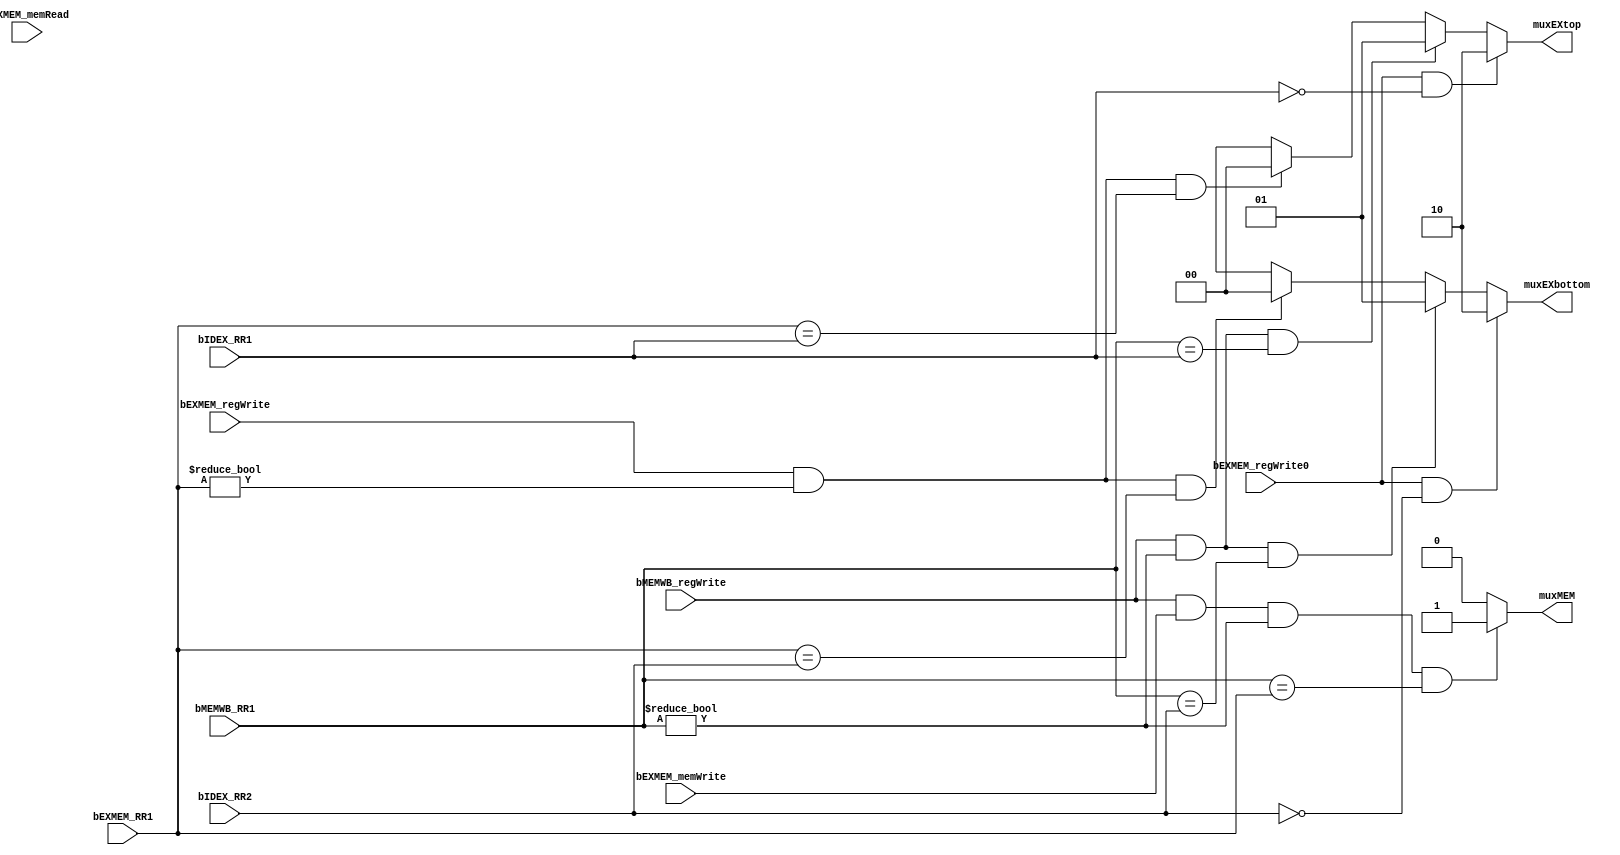
module forwardUnit(input[3:0]      bIDEX_RR1, bIDEX_RR2, bEXMEM_RR1, bMEMWB_RR1,
                   input           bEXMEM_regWrite, bEXMEM_memRead, bEXMEM_memWrite, bMEMWB_regWrite,
                                   bEXMEM_regWrite0,
                   output reg[1:0] muxEXtop, muxEXbottom, 
                   output reg      muxMEM);

always@(*)
begin
   muxEXtop    = 2'bxx;
   muxEXbottom = 2'bxx;
   muxMEM      = 1'b0;

   if (bEXMEM_regWrite && (bEXMEM_RR1 != 0) && (bEXMEM_RR1 == bIDEX_RR1))
      begin $display("forward ex");
         muxEXtop    = 2'b00;
      end
   if (bEXMEM_regWrite && (bEXMEM_RR1 != 0) && (bEXMEM_RR1 == bIDEX_RR2))
      begin $display("forward ex");
         muxEXbottom = 2'b00;
      end

   if (bMEMWB_regWrite && (bMEMWB_RR1 != 0) && (bMEMWB_RR1 == bIDEX_RR1))
      begin $display("forward mem");
         muxEXtop    = 2'b01;
      end
   if (bMEMWB_regWrite && (bMEMWB_RR1 != 0) && (bMEMWB_RR1 == bIDEX_RR2))
      begin $display("forward mem");
         muxEXbottom = 2'b01;
      end
   
   if (bEXMEM_regWrite0 && (bIDEX_RR1 == 4'h0))
      begin $display("forward 0");
         muxEXtop = 2'b10;
      end

   if (bEXMEM_regWrite0 && (bIDEX_RR2 == 4'h0))
      begin $display("forward 0");
         muxEXbottom = 2'b10;
      end

   if (bMEMWB_regWrite && bEXMEM_memWrite && (bMEMWB_RR1 != 0) && (bMEMWB_RR1 == bEXMEM_RR1))
      begin $display("forward store");
         muxMEM = 1'b1;
      end
end

endmodule